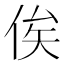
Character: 俟